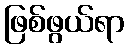
ဖြစ်ဖွယ်ရာ